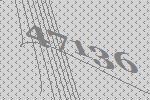
47136